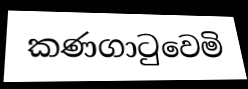
කණගාටුවෙමි